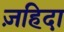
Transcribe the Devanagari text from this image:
ज़हिदा